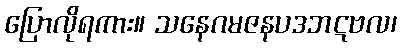
ပြောလိုရကား။ သနေဂမဇနပဒဘဋဗလ၊